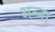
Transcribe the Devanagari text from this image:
अन्जा